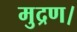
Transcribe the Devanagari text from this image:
मुद्रण।